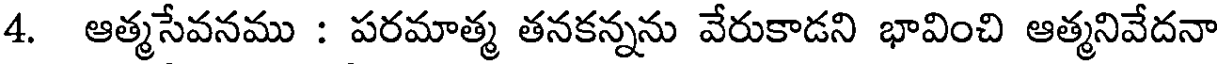
4. ఆత్మసేవనము : పరమాత్మ తనకన్నను వేరుకాడని భావించి ఆత్మనివేదనా